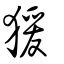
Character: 猨